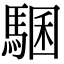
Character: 𩤁